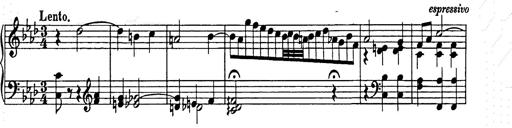
Title: Weinen, Klagen, Sorgen, Zagen
Composer: Franz Liszt